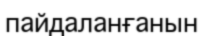
пайдаланғанын